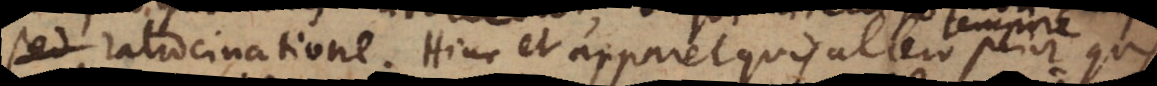
sed ratiocinatione. Hinc et apparet quis altero